Annual report of the Punjab Veterinary College and of the Civil Veterinary Department, Punjab - 1909-1919
Year: 1909
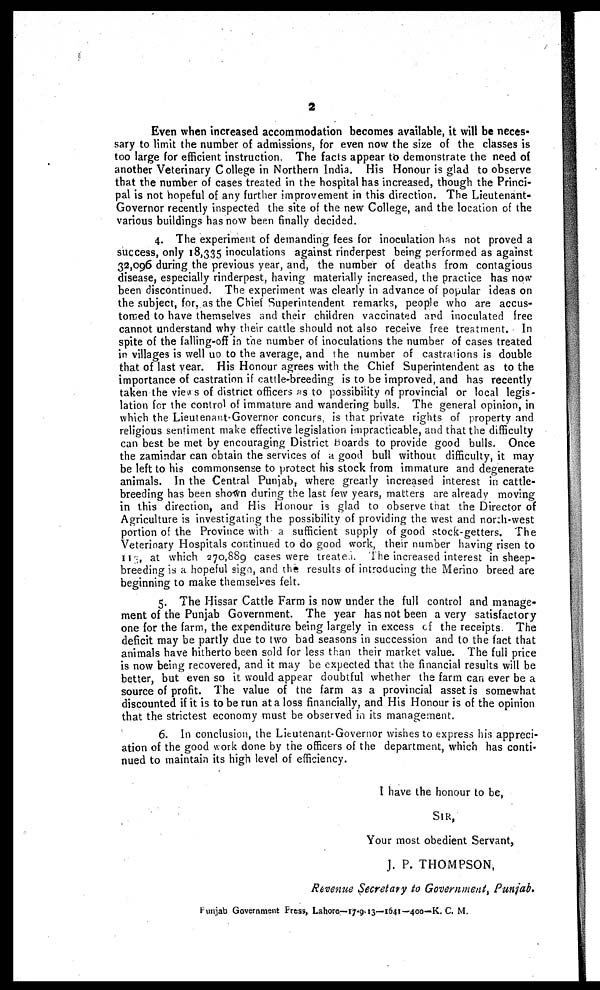
2
Even when increased accommodation becomes available, it will be neces-
sary to limit the number of admissions, for even now the size of the classes is
too large for efficient instruction. The facts appear to demonstrate the need of
another Veterinary College in Northern India. His Honour is glad to observe
that the number of cases treated in the hospital has increased, though the Princi-
pal is not hopeful of any further improvement in this direction. The Lieutenant-
Governor recently inspected the site of the new College, and the location of the
various buildings has now been finally decided.
4. The experiment of demanding fees for inoculation has not proved a
success, only 18,335 inoculations against rinderpest being performed as against
32,096 during the previous year, and, the number of deaths from contagious
disease, especially rinderpest, having materially increased, the practice has now
been discontinued. The experiment was clearly in advance of popular ideas on
the subject, for, as the Chief Superintendent remarks, people who are accus-
tomed to have themselves and their children vaccinated and inoculated free
cannot understand why their cattle should not also receive free treatment. In
spite of the falling-off in the number of inoculations the number of cases treated
in villages is well up to the average, and the number of castrations is double
that of last year. His Honour agrees with the Chief Superintendent as to the
importance of castration if cattle-breeding is to be improved, and has recently
taken the views of district officers as to possibility of provincial or local legis-
lation for the control of immature and wandering bulls. The general opinion, in
which the Lieutenant-Governor concurs, is that private rights of property and
religious sentiment make effective legislation impracticable, and that the difficulty
can best be met by encouraging District boards to provide good bulls. Once
the zamindar can obtain the services of a good bull without difficulty, it may
be left to his commonsense to protect his stock from immature and degenerate
animals. In the Central Punjab, where greatly increased interest in cattle-
breeding has been shown during the last few years, matters are already moving
in this direction, and His Honour is glad to observe that the Director of
Agriculture is investigating the possibility of providing the west and north-west
portion of the Province with a sufficient supply of good stock-getters. The
Veterinary Hospitals continued to do good work, their number having risen to
113, at which 270,889 cases were treated. The increased interest in sheep-
breeding is a hopeful sign, and the results of introducing the Merino breed are
beginning to make themselves felt.
5. The Hissar Cattle Farm is now under the full control and manage-
ment of the Punjab Government. The year has not been a very satisfactory
one for the farm, the expenditure being largely in excess of the receipts. The
deficit may be partly due to two bad seasons in succession and to the fact that
animals have hitherto been sold for less than their market value. The full price
is now being recovered, and it may be expected that the financial results will be
better, but even so it would appear doubtful whether the farm can ever be a
source of profit. The value of the farm as a provincial asset is somewhat
discounted if it is to be run at a loss financially, and His Honour is of the opinion
that the strictest economy must be observed in its management.
6. In conclusion, the Lieutenant-Governor wishes to express his appreci-
ation of the good work done by the officers of the department, which has conti-
nued to maintain its high level of efficiency.
I have the honour to be,
SIR,
Your most obedient Servant,
J. P. THOMPSON,
Revenue Secretary to Government, Punjab.
Punjab Government Press, Lahore—17-9-13—1641—400—K. C. M.